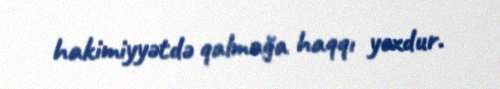
hakimiyyətdə qalmağa haqqı yoxdur.